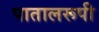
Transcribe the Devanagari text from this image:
पातालरूपी